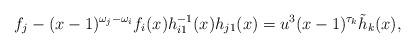
LaTeX: \begin{align*}f_j-(x-1)^{\omega_j-\omega_i}f_i(x)h_{i1}^{-1}(x)h_{j1}(x)=u^3(x-1)^{\tau_k}\tilde h_k(x),\end{align*}